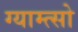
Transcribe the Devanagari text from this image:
ग्याम्त्सो